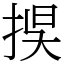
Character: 捑